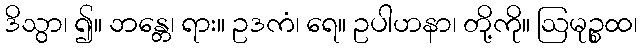
ဒိသွာ၊ ၍။ ဘန္တေ၊ ရား။ ဥဒကံ၊ ရေ။ ဥပါဟနာ၊ တို့ကို။ ဩမုဉ္စထ၊